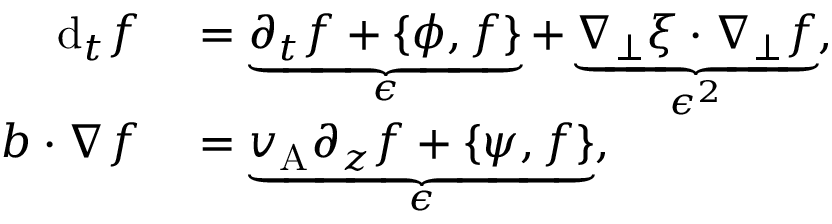
\begin{array} { r l } { \mathrm { d } _ { t } f } & { { } = \underbrace { \partial _ { t } f + \{ \phi , f \} } _ { \epsilon } + \underbrace { \nabla _ { \perp } \xi \cdot \nabla _ { \perp } f } _ { \epsilon ^ { 2 } } , } \\ { \boldsymbol { b } \cdot \nabla f } & { { } = \underbrace { v _ { \mathrm { A } } \partial _ { z } f + \{ \psi , f \} } _ { \epsilon } , } \end{array}